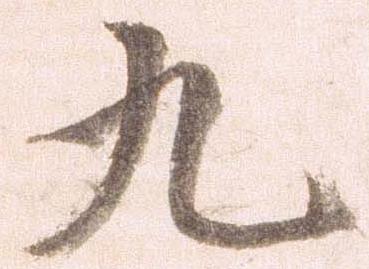
九